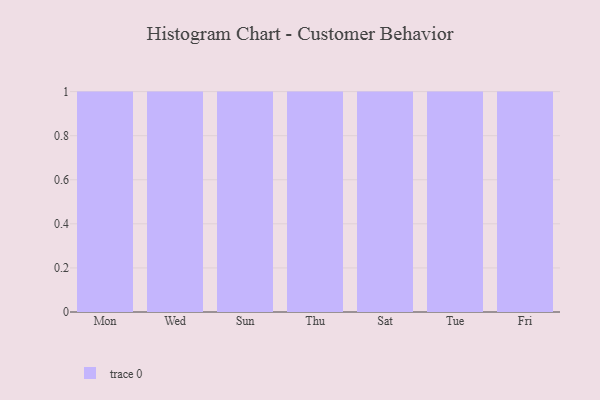
{"axis": {"x": "Day", "y": "Headcount"}, "legend": [""], "data": [{"x": "Mon", "y": 48, "type": ""}, {"x": "Wed", "y": 18, "type": ""}, {"x": "Sun", "y": 9, "type": ""}, {"x": "Thu", "y": 20, "type": ""}, {"x": "Sat", "y": 45, "type": ""}, {"x": "Tue", "y": 70, "type": ""}, {"x": "Fri", "y": 29, "type": ""}]}